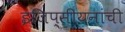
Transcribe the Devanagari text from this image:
इजिप्सीयनांची